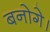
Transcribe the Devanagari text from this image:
बनोगे।